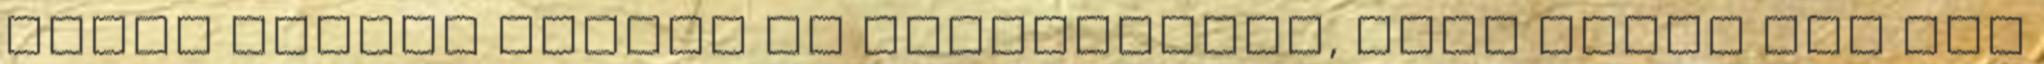
hátha megtud valami új információt, amit eddig még nem